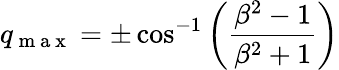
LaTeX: q_{\mathrm{~m~a~x~}}=\pm\cos^{-1}\left(\frac{\beta^{2}-1}{\beta^{2}+1}\right)